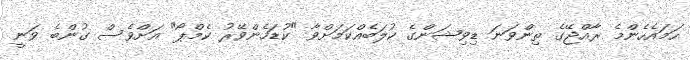
ހަމައެހެންމެ ރާއްޖޭގެ ތިންވަނަ ޑިވިޝަންގެ ކުލަބެއްކަމަށްވާ "ކުޑަހެންވޭރު ކެމްޕޯ" އަށްވެސް ގުންބެ ވަނީ